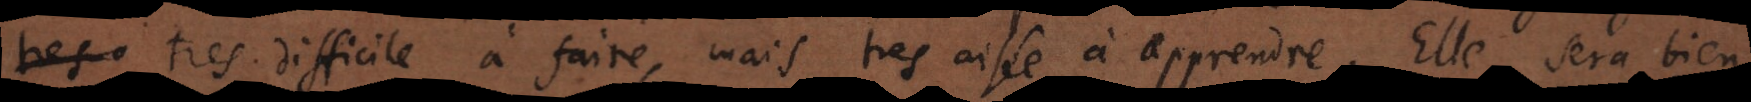
très difficile à faire, mais très aisée à apprendre. Elle sera bien